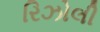
રિઝોલી